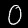
Label: 0